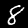
Label: 8